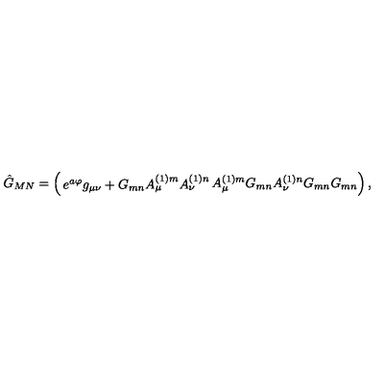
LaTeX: \hat { G } _ { M N } = \left( \begin{matrix} { e ^ { a \varphi } g _ { { \mu } { \nu } } + G _ { { m } { n } } A _ { { \mu } } ^ { ( 1 ) m } A _ { { \nu } } ^ { ( 1 ) n } } & { A _ { { \mu } } ^ { ( 1 ) m } G _ { { m } { n } } } \\ { A _ { { \nu } } ^ { ( 1 ) n } G _ { { m } { n } } } & { G _ { { m } { n } } } \\ \end{matrix} \right) ,